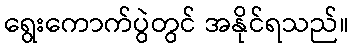
ရွေးကောက်ပွဲတွင် အနိုင်ရသည်။